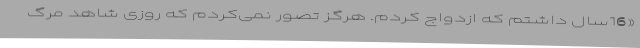
«16‌سال داشتم که ازدواج کردم. هرگز تصور نمی‌کردم که روزی شاهد مرگ